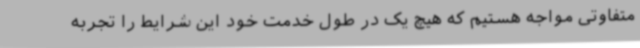
متفاوتی مواجه هستیم که هیچ یک در طول خدمت خود این شرایط را تجربه